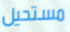
مستحيل